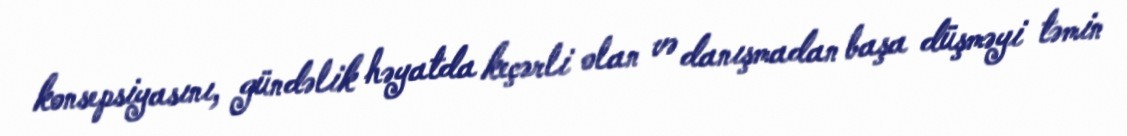
konsepsiyasını, gündəlik həyatda keçərli olan və danışmadan başa düşməyi təmin